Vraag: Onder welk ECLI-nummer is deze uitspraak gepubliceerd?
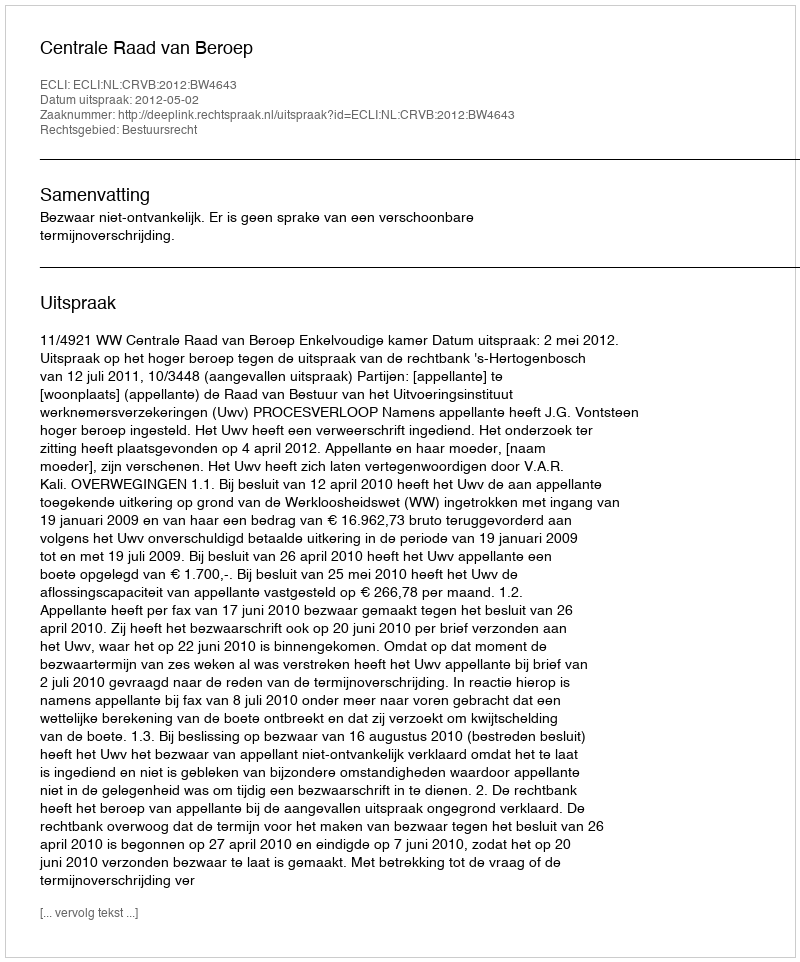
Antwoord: ECLI:NL:CRVB:2012:BW4643